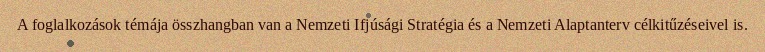
A foglalkozások témája összhangban van a Nemzeti Ifjúsági Stratégia és a Nemzeti Alaptanterv célkitűzéseivel is.